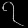
Digit: ၇